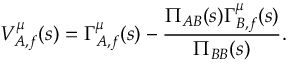
V _ { A , f } ^ { \mu } ( s ) = \Gamma _ { A , f } ^ { \mu } ( s ) - { \frac { \Pi _ { A B } ( s ) \Gamma _ { B , f } ^ { \mu } ( s ) } { \Pi _ { B B } ( s ) } } .